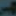
-